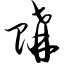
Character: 购